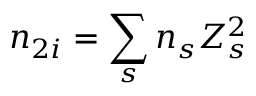
n _ { 2 i } = \sum _ { s } n _ { s } Z _ { s } ^ { 2 }